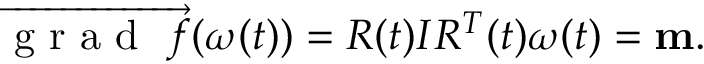
\begin{array} { r } { \overrightarrow { \mathrm { ~ g ~ r ~ a ~ d ~ } ~ f } ( \boldsymbol { \omega } ( t ) ) = R ( t ) I R ^ { T } ( t ) \boldsymbol { \omega } ( t ) = { \bf m } . } \end{array}